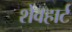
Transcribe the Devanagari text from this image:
शेवहार्ट